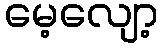
မေ့လျော့